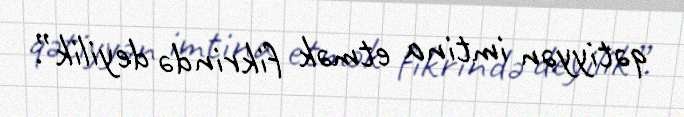
qətiyyən imtina etmək fikrində deyilik”.